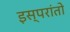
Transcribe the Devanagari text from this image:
इस्परांतो